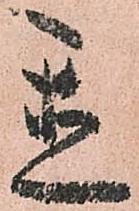
置